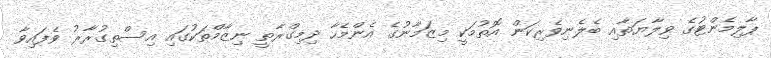
ޕާލިމެންޓުގެ ވިލާޔަތާއި ބެލެނިވެރިކަން އޮތުމަކީ މިޒަމާނުގެ އެންމެހާ ދިމިގްރާތީ ނިޒާމްތަކުގައި އިސްތިގުރާރު ވެފައިވާ